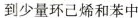
到少量环已烯和苯中